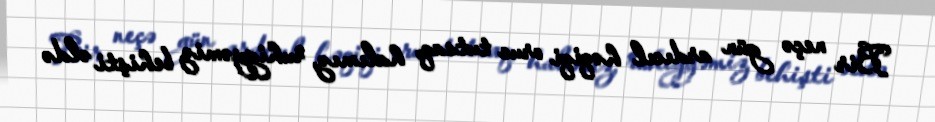
Bir neçə gün ardıcıl həqiqi oruc tutsaq, halımız, ruhiyyəmiz behişti əldə